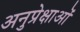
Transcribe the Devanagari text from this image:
अनुप्रेक्षाओं